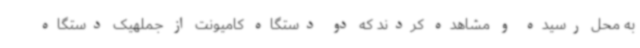
به محل رسیده و مشاهده کردند که دو دستگاه کامیونت از جملهیک دستگاه